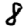
Digit: 8